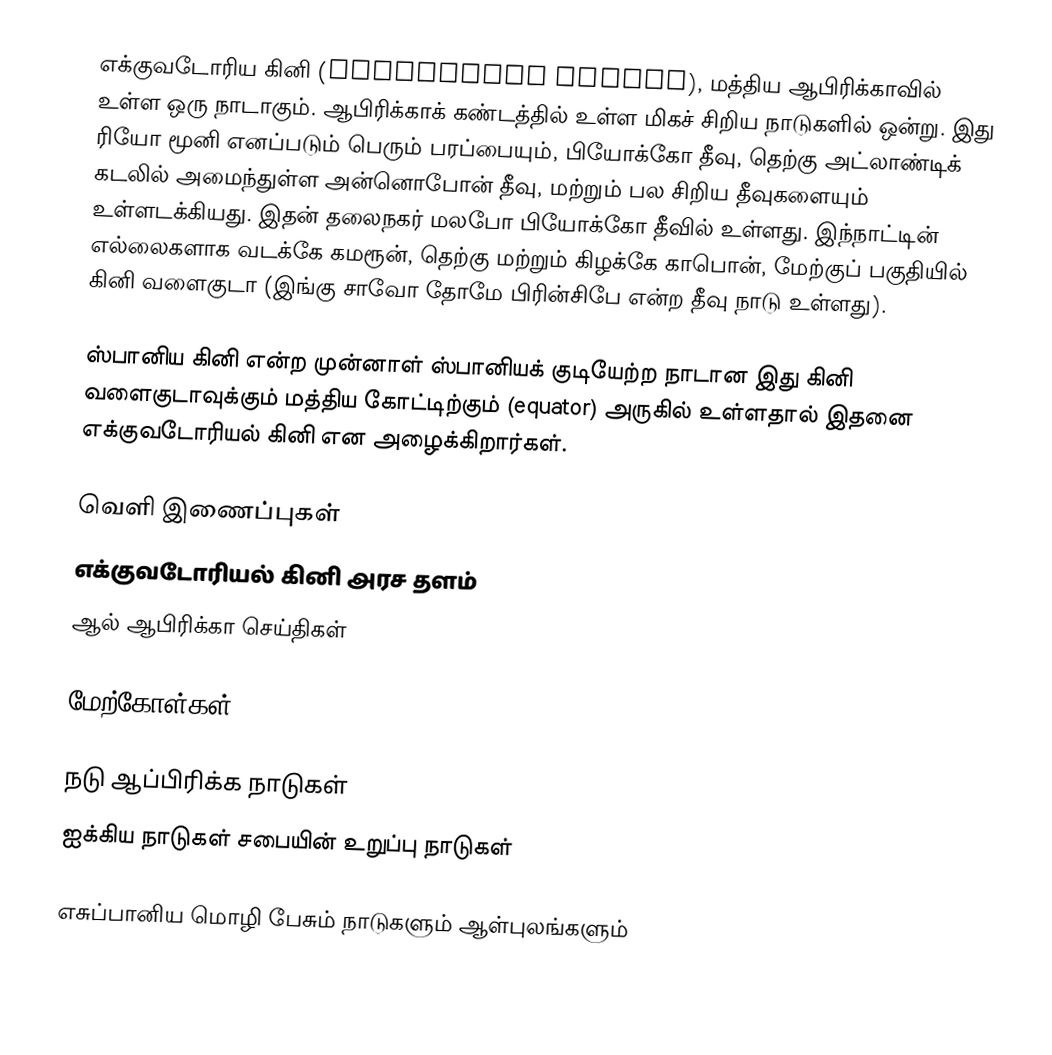
எக்குவடோரிய கினி (Equatorial Guinea), மத்திய ஆபிரிக்காவில் உள்ள ஒரு நாடாகும். ஆபிரிக்காக் கண்டத்தில் உள்ள மிகச் சிறிய நாடுகளில் ஒன்று. இது ரியோ மூனி எனப்படும் பெரும் பரப்பையும், பியோக்கோ தீவு, தெற்கு அட்லாண்டிக் கடலில் அமைந்துள்ள  அன்னொபோன் தீவு, மற்றும் பல சிறிய தீவுகளையும் உள்ளடக்கியது. இதன் தலைநகர் மலபோ பியோக்கோ தீவில் உள்ளது. இந்நாட்டின் எல்லைகளாக வடக்கே கமரூன், தெற்கு மற்றும் கிழக்கே காபொன், மேற்குப் பகுதியில் கினி வளைகுடா (இங்கு சாவோ தோமே பிரின்சிபே என்ற தீவு நாடு உள்ளது).

ஸ்பானிய கினி என்ற முன்னாள் ஸ்பானியக் குடியேற்ற நாடான இது கினி வளைகுடாவுக்கும் மத்திய கோட்டிற்கும் (equator) அருகில் உள்ளதால் இதனை எக்குவடோரியல் கினி என அழைக்கிறார்கள்.

வெளி இணைப்புகள்
 எக்குவடோரியல் கினி அரச தளம்
 ஆல் ஆபிரிக்கா செய்திகள்

மேற்கோள்கள்

நடு ஆப்பிரிக்க நாடுகள்
ஐக்கிய நாடுகள் சபையின் உறுப்பு நாடுகள்

எசுப்பானிய மொழி பேசும் நாடுகளும் ஆள்புலங்களும்